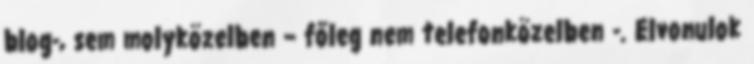
blog-, sem molyközelben – főleg nem telefonközelben -. Elvonulok